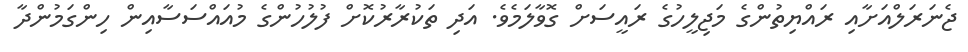
ޖެނަރަލްއަށާއި ރައްޔިތުންގެ މަޖިލީހުގެ ރައީސަށް ގޮވާލަމެވެ. އަދި ތަކުރާރުކޮށް ފުލުހުންގެ މުއައްސަސާއިން ހިންގަމުންދާ